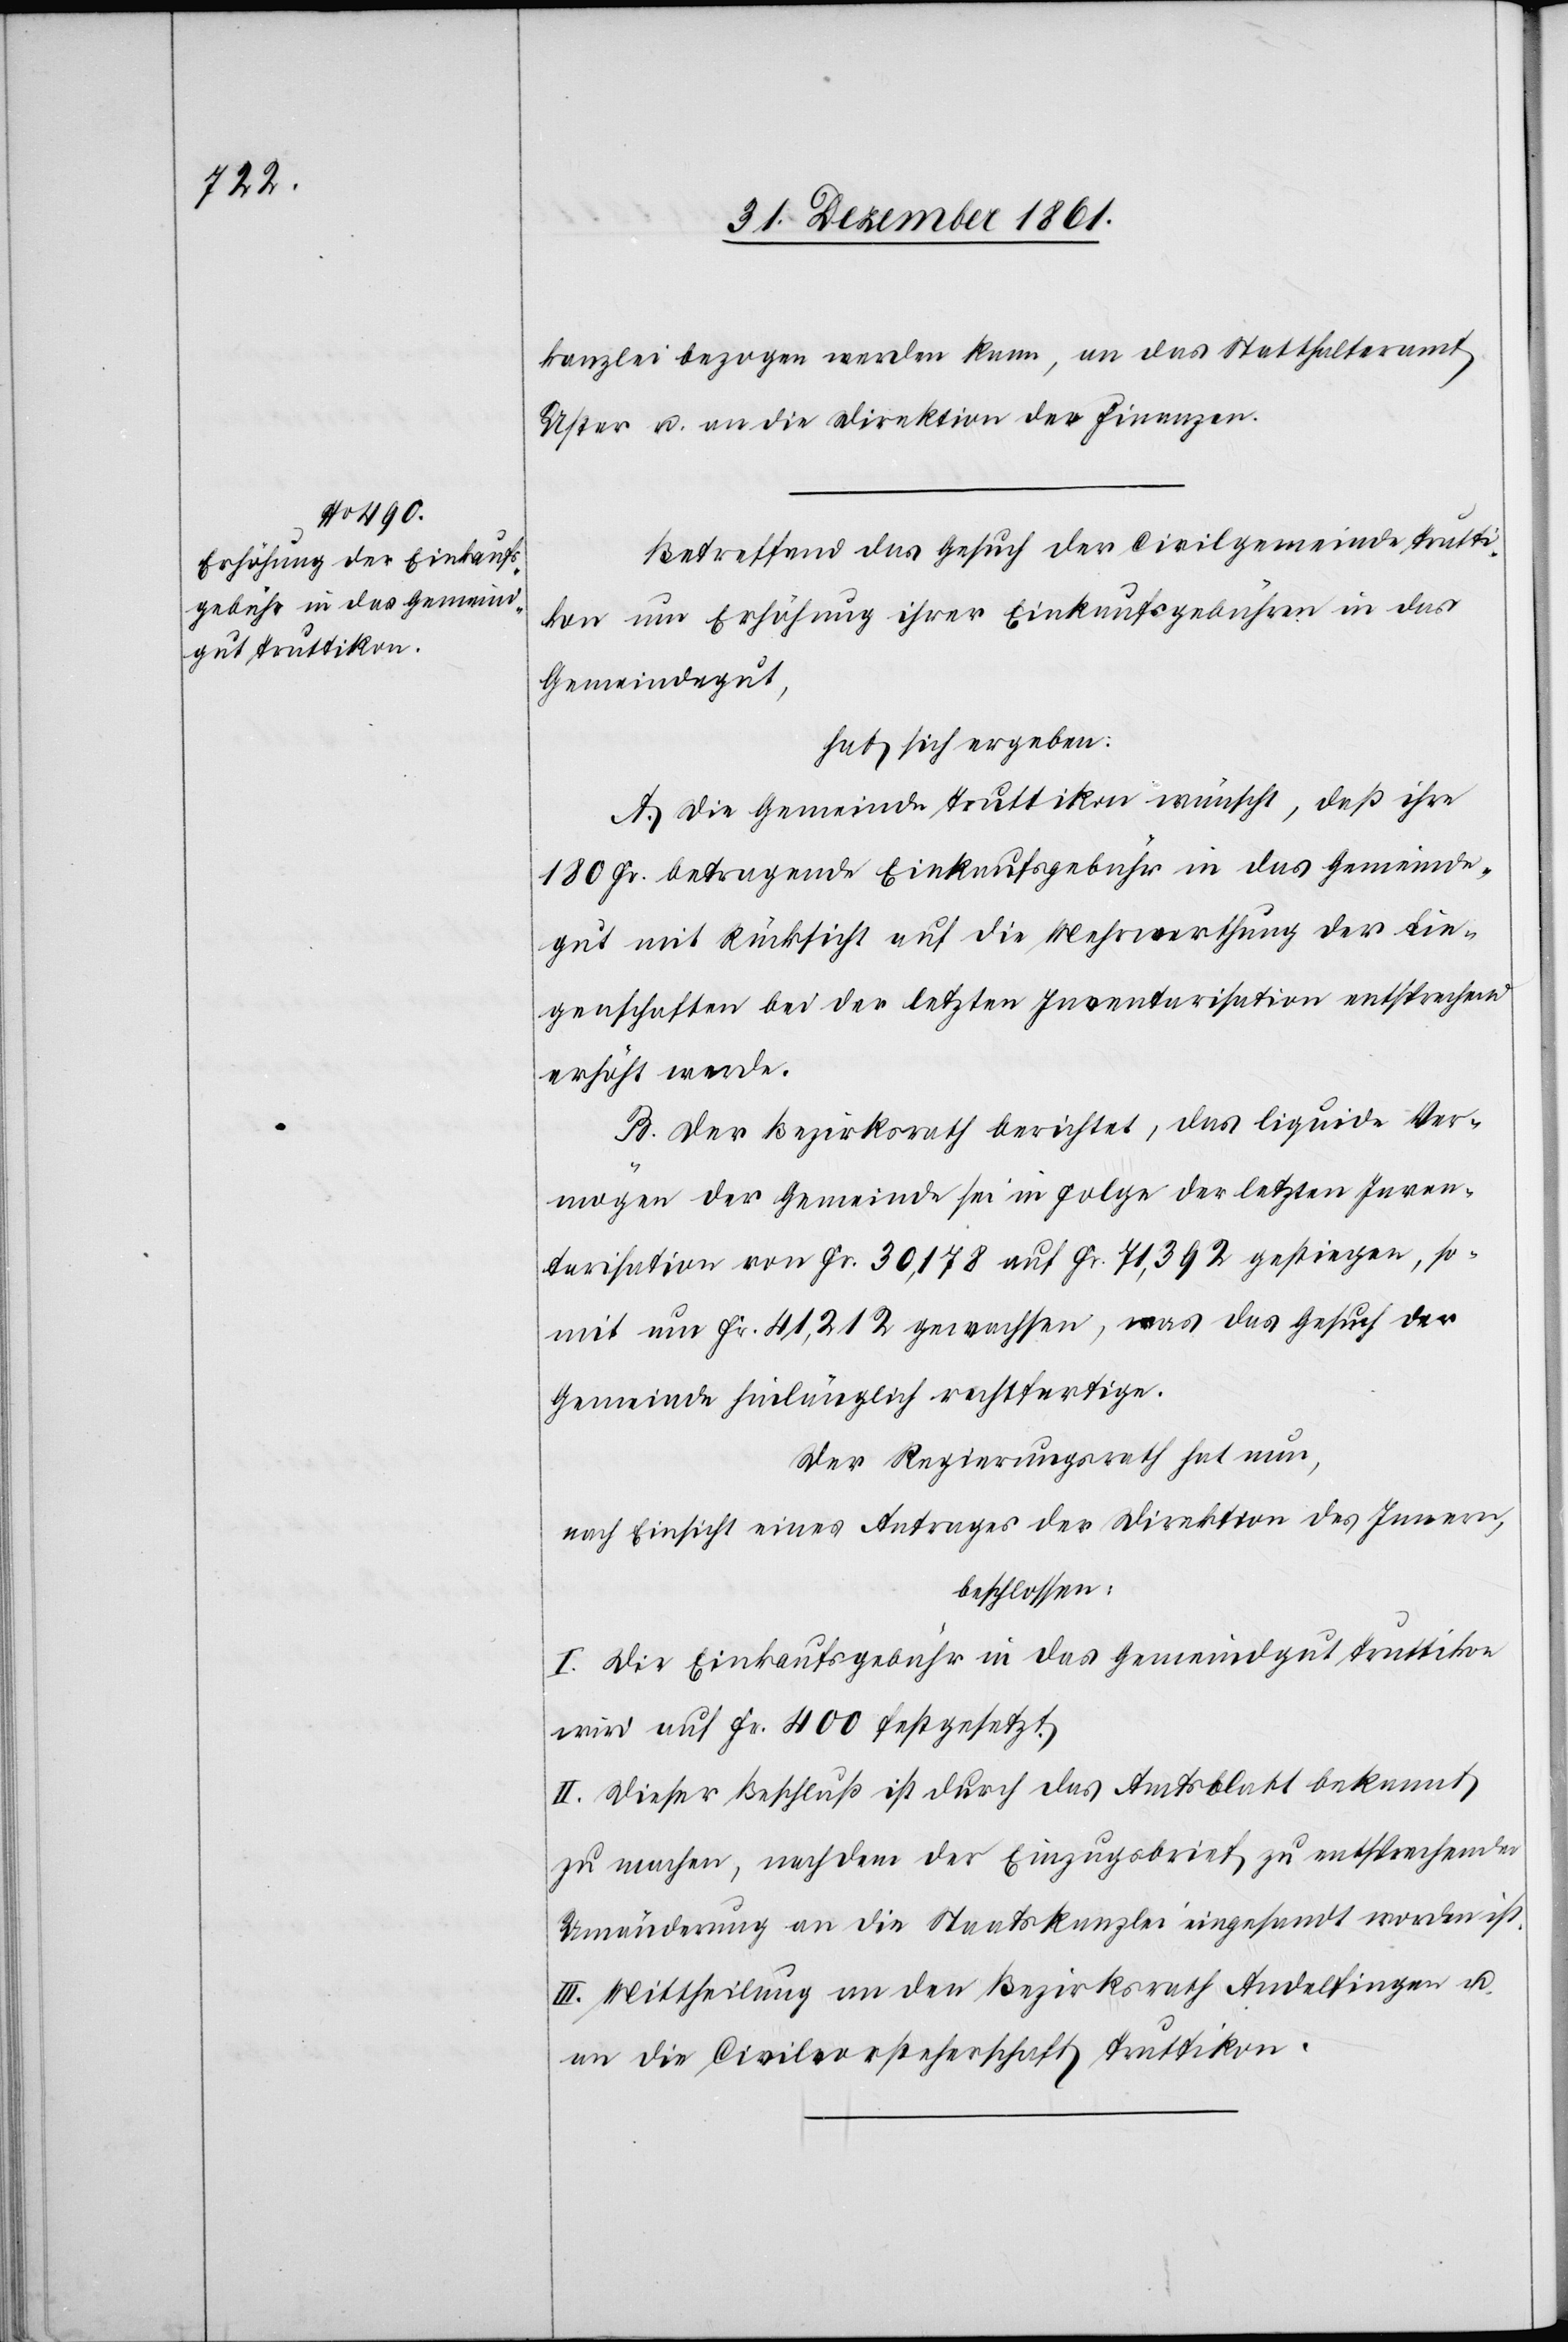
kanzlei bezogen werden kann, an das Statthalteramt
Uster u. an die Direktion der Finanzen.
Betreffend das Gesuch der Civilgemeinde Trutti¬
kon um Erhöhung ihrer Einkaufsgebühren in das
Gemeindgut,
hat sich ergeben:
A. Die Gemeinde Truttikon wünscht, daß ihre
180 Fr. betragende Einkaufsgebühr in das Gemeinde¬
gut mit Rücksicht auf die Mehrwerthung der Lie¬
genschaften bei der letzten Inventarisation entsprechend
erhöht werde.
B. Der Bezirksrath berichtet, das liquide Ver¬
mögen der Gemeinde sei in Folge der letzten Inven¬
tarisation von Fr. 30,178 auf Fr. 71,392 gestiegen, so¬
mit um Fr. 41,212 gewachsen, was das Gesuch der
Gemeinde hinlänglich rechtfertige.
Der Regierungsrath hat nun,
nach Einsicht eines Antrages der Direktion des Innern,
beschlossen:
I. Die Einkaufsgebühr in das Gemeindgut Truttikon
wird auf Fr 400 festgesetzt.
II. Dieser Beschluß ist durch das Amtsblatt bekannt
zu machen, nachdem der Einzugsbrief zu entsprechender
Umänderung an die Staatskanzlei eingesandt worden ist.
III. Mittheilung an den Bezirksrath Andelfingen u.
an die Civilvorsteherschaft Truttikon.